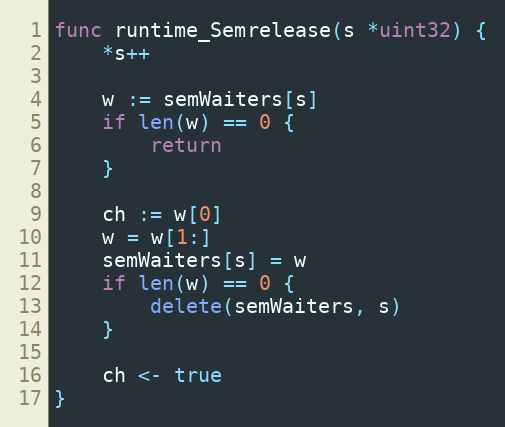
Language: Go
func runtime_Semrelease(s *uint32) {
	*s++

	w := semWaiters[s]
	if len(w) == 0 {
		return
	}

	ch := w[0]
	w = w[1:]
	semWaiters[s] = w
	if len(w) == 0 {
		delete(semWaiters, s)
	}

	ch <- true
}